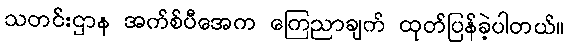
သတင်းဌာန အက်စ်ပီအေက ကြေညာချက် ထုတ်ပြန်ခဲ့ပါတယ်။